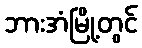
ဘားအံမြို့တွင်